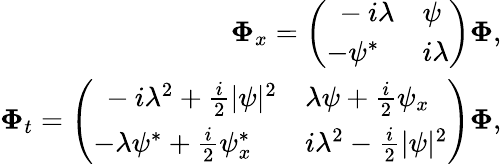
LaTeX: \begin{array}{r}{\mathbf{\Phi}_{x}=\left(\begin{array}{ll}{\ -i\lambda}&{\psi}\\ {-\psi^{*}}&{i\lambda}\end{array}\right)\mathbf{\Phi},}\\ {\mathbf{\Phi}_{t}=\left(\begin{array}{ll}{\ -i\lambda^{2}+\frac{i}{2}|\psi|^{2}}&{\lambda\psi+\frac{i}{2}\psi_{x}}\\ {-\lambda\psi^{*}+\frac{i}{2}\psi_{x}^{*}}&{i\lambda^{2}-\frac{i}{2}|\psi|^{2}}\end{array}\right)\mathbf{\Phi},}\end{array}